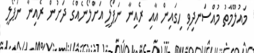
މައުލޫމާތު މުއްސަނދިވި ހިގައިން އާއި ރެއިނާ ނަޕޯލީ އަށްލޯނެއްގެ ދަށުން ރެއިނާ ނަޕޯލީ